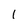
Character: I